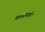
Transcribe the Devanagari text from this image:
मातेप्रामाणे